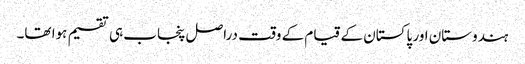
ہندوستان اور پاکستان کے قیام کے وقت دراصل پنجاب ہی تقسیم ہوا تھا۔